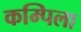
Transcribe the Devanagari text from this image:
कम्पिला